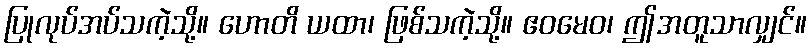
ပြုလုပ်အပ်သကဲ့သို့။ ဟောတိ ယထာ၊ ဖြစ်သကဲ့သို့။ ဧဝမေဝ၊ ဤအတူသာလျှင်။